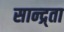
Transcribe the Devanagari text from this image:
सान्द्र्ता